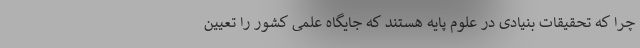
چرا که تحقیقات بنیادی در علوم پایه هستند که جایگاه علمی کشور را تعیین